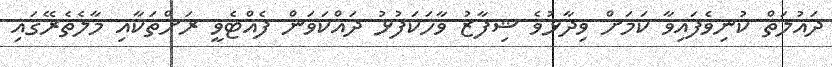
ދައުލަތް ކުނިވެފައިވާ ކަމަށް ވިދާޅުވެ ޝިފާޒު ވާހަކަފުޅު ދައްކަވަން ފެއްޓެވީ ރަށްތަކާއި މާލެތެރޭގައި